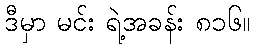
ဒီမှာ မင်း ရဲ့အခန်း ၈၁၆။